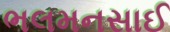
ભલમનસાઈ